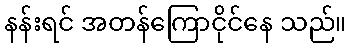
နန်းရင် အတန်ကြောငိုင်နေ သည်။